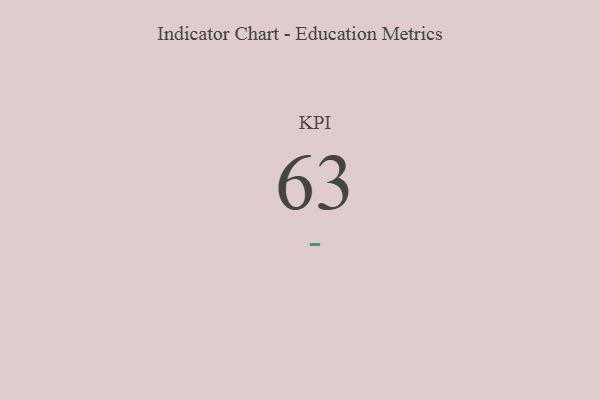
{"axis": {"x": "KPI", "y": "Value"}, "legend": [""], "data": [{"x": "KPI", "y": 63, "type": ""}]}